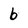
Character: 6